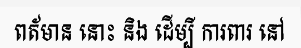
ពត័មាន នោះ និង ដើម្បី ការពារ នៅ